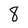
Character: 8